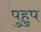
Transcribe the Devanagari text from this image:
पुहुप